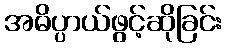
အဓိပ္ပာယ်ဖွင့်ဆိုခြင်း